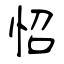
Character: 怊